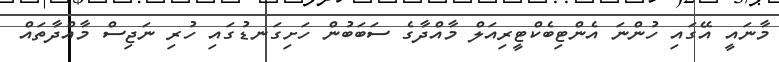
މާނައީ އޭގައި ހުންނަ އެންޓިބެކްޓީރިއަލް މާއްދާގެ ސަބަބުން ހަށިގަނޑުގައި ހުރި ނަޖިސް މާއްދާތައް